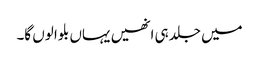
میں جلد ہی انھیں یہاں بلوا لوں گا۔